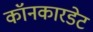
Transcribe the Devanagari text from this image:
कॉनकारडेट